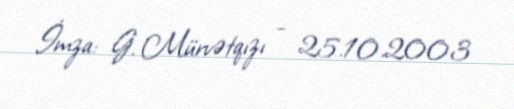
İmza: G. Mürvətqızı - 25.10.2003